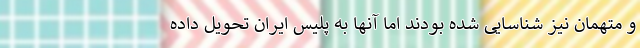
و متهمان نیز شناسایی شده بودند اما آنها به پلیس ایران تحویل داده